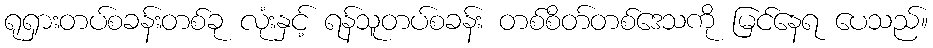
ရုရှားတပ်စခန်းတစ်ခု လုံးနှင့် ရန်သူတပ်စခန်း တစ်စိတ်တစ်ဒေသကို မြင်နေရ ပေသည်။